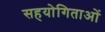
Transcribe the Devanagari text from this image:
सहयोगिताओं